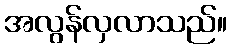
အလွန်လှလာသည်။